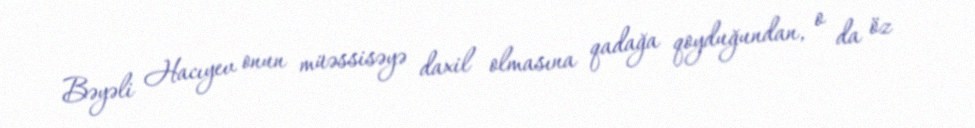
Bəyəli Hacıyev onun müəssisəyə daxil olmasına qadağa qoyduğundan, o da öz